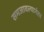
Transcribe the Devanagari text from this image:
समजावल्यानंतर